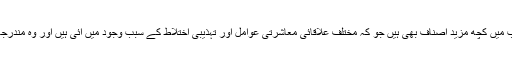
اِن سب کے علاوہ بھی موجودہ شعری ادب میں کچھ مزید اصناف بھی ہیں جو کہ مختلف علاقائی معاشرتی عوامل اور تہذیبی اختلاط کے سبب وجود میں آئی ہیں اور وہ مندرجہ بالا پیمانوں کی محتاج نہیں ہیں ، مثلاً !